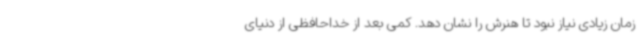
زمان زیادی نیاز نبود تا هنرش را نشان دهد. کمی بعد از خداحافظی از دنیای